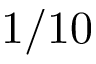
1 / 1 0